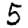
Digit: 5